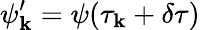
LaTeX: \psi_{\mathbf{k}}^{\prime}=\psi(\tau_{\mathbf{k}}+\delta\tau)